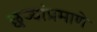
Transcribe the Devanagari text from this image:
छर्‍यांप्रमाणे